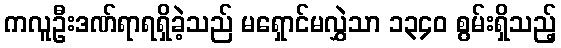
ကလူဦးဒဏ်ရာရရှိခဲ့သည် မရှောင်မလွှဲသာ ၁၃၄၀ စွမ်းရှိသည့်